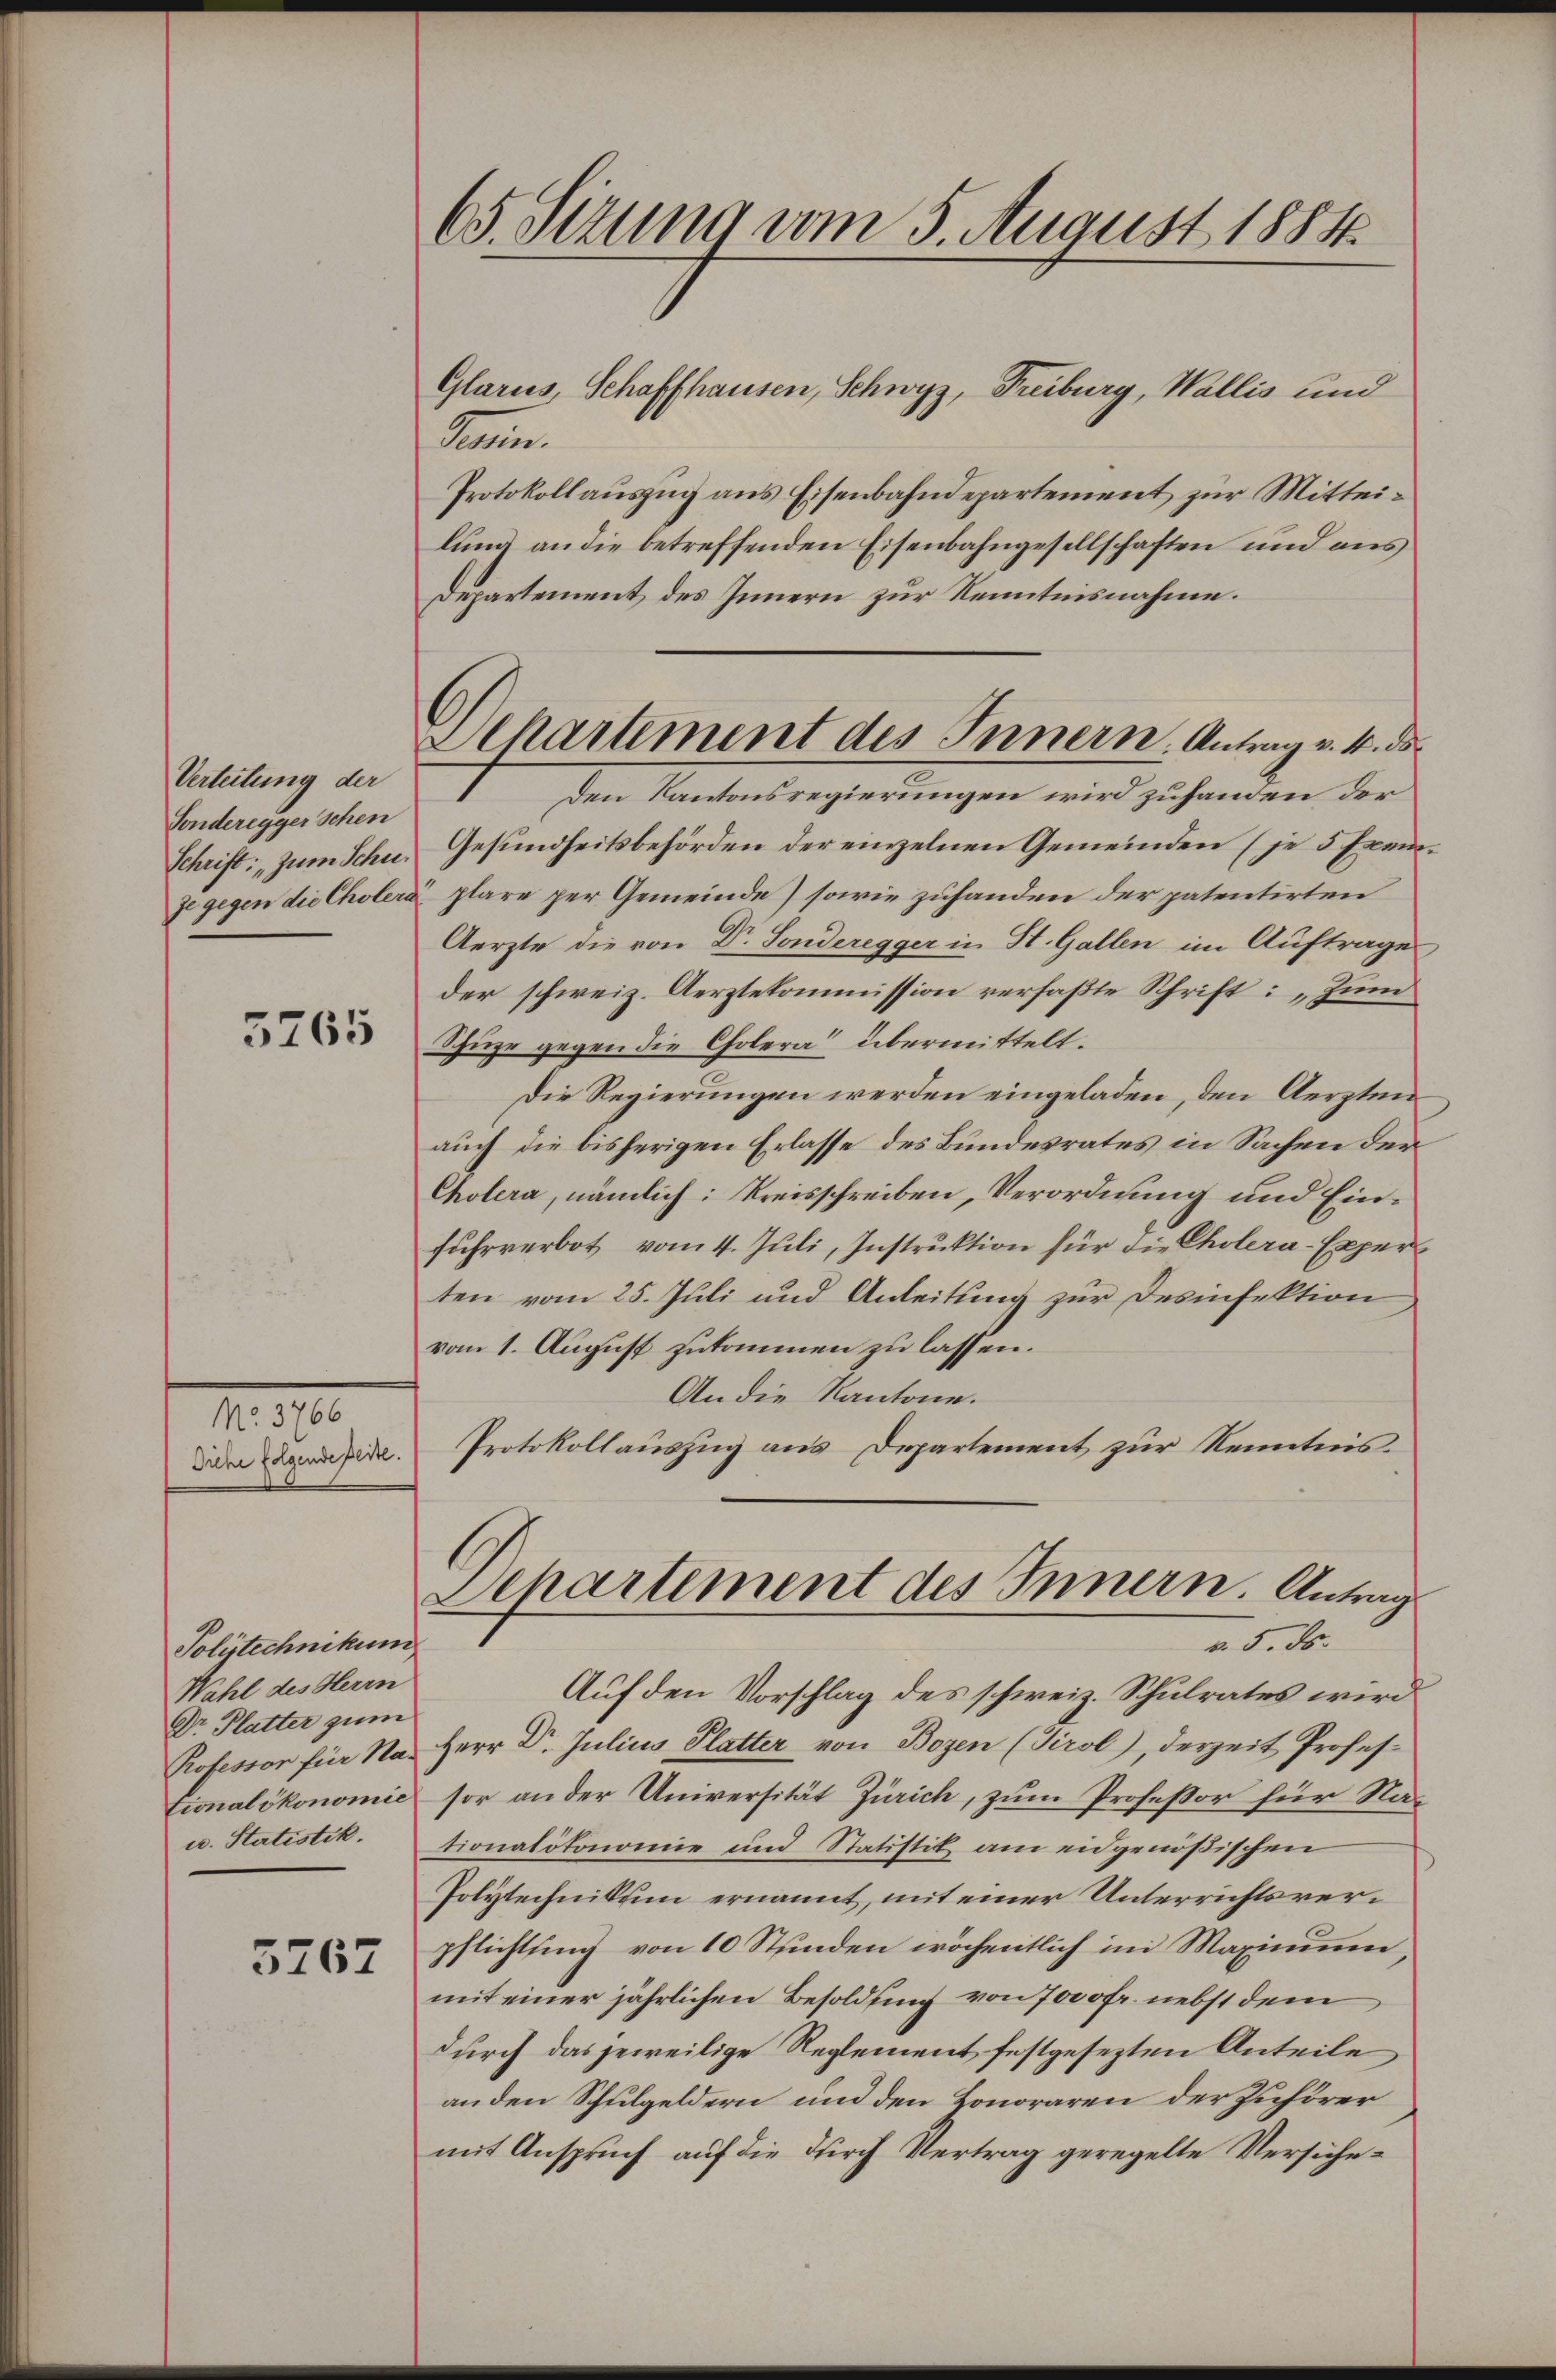
Verteilung der
Fonderegger schen
Schrift: „zum Schuje gegen die Cholera

5765

No. 3766

Polytechnikum
Wahl des Herrn
Dr Platter zum
Professor für Na-
tionalökonomie
u. Statistik.

5767

65. Setzung vom 5. August 1884

Departement des Innern, Antrag v. 4. ds.

Glarus, Schaffhausen, Schwyz, Treiburg, Wallis und
Pain.
Protokollauszug aus Eisenbahndepartement zur Mitteilung an die betreffenden Eisenbahngesellschaften und aus
Departement des Innern zur Kenntnisnahme.
7
Den Kantonsregierungen wird zuhanden der
Gesundheitsbehörden der einzelnen Gemeinden (je 5 Exemplare per Gemeinde) sowie zuhanden der patentirten
Aerzte die von Dr. Sonderegger in St. Gallen im Auftrage
der schweiz. Aerztekommission verfaßte Schrift: „Zum
Thuze gegen die Cholera übermittelt.
Die Regierungen werden eingeladen, den Aerzten
auch die bisherigen Erlasse des Bundesrates in Sachen der
Cholera, nämlich: Kreisschreiben, Verordnung und Einfuhrverbot vom 4. Juli, Instruktion für die Cholera-Experten vom 25. Juli und Anleitung zur Desinfektion
vom 1. August zukommen zu lassen.
An die Kantone.
Die Dir. Protokollauszug aus Departement zur Kenntnis
Departement des Innern. Antrag
v. 5. ds.
Auf den Vorschlag des schweiz. Schulrates wird
Herr Dr. Julius Platter von Bozen (Tirol), derzeit Professor an der Universität Zürich, zum Professor für Nationalökonomie und Statistik am eidgenößischen
Polytechnikum ernannt, mit einer Unterrichtsverpflichtung von 10 Stunden wöchentlich im Maximum,
mit einer jährlichen Besoldung von 7000fr. nebst dem
durch das jeweilige Reglement festgesezten Anteile
an den Schulgeldern und den Honoraren der Zuhörer
mit Anspruch auf die durch Vertrag geregelte Versiche¬